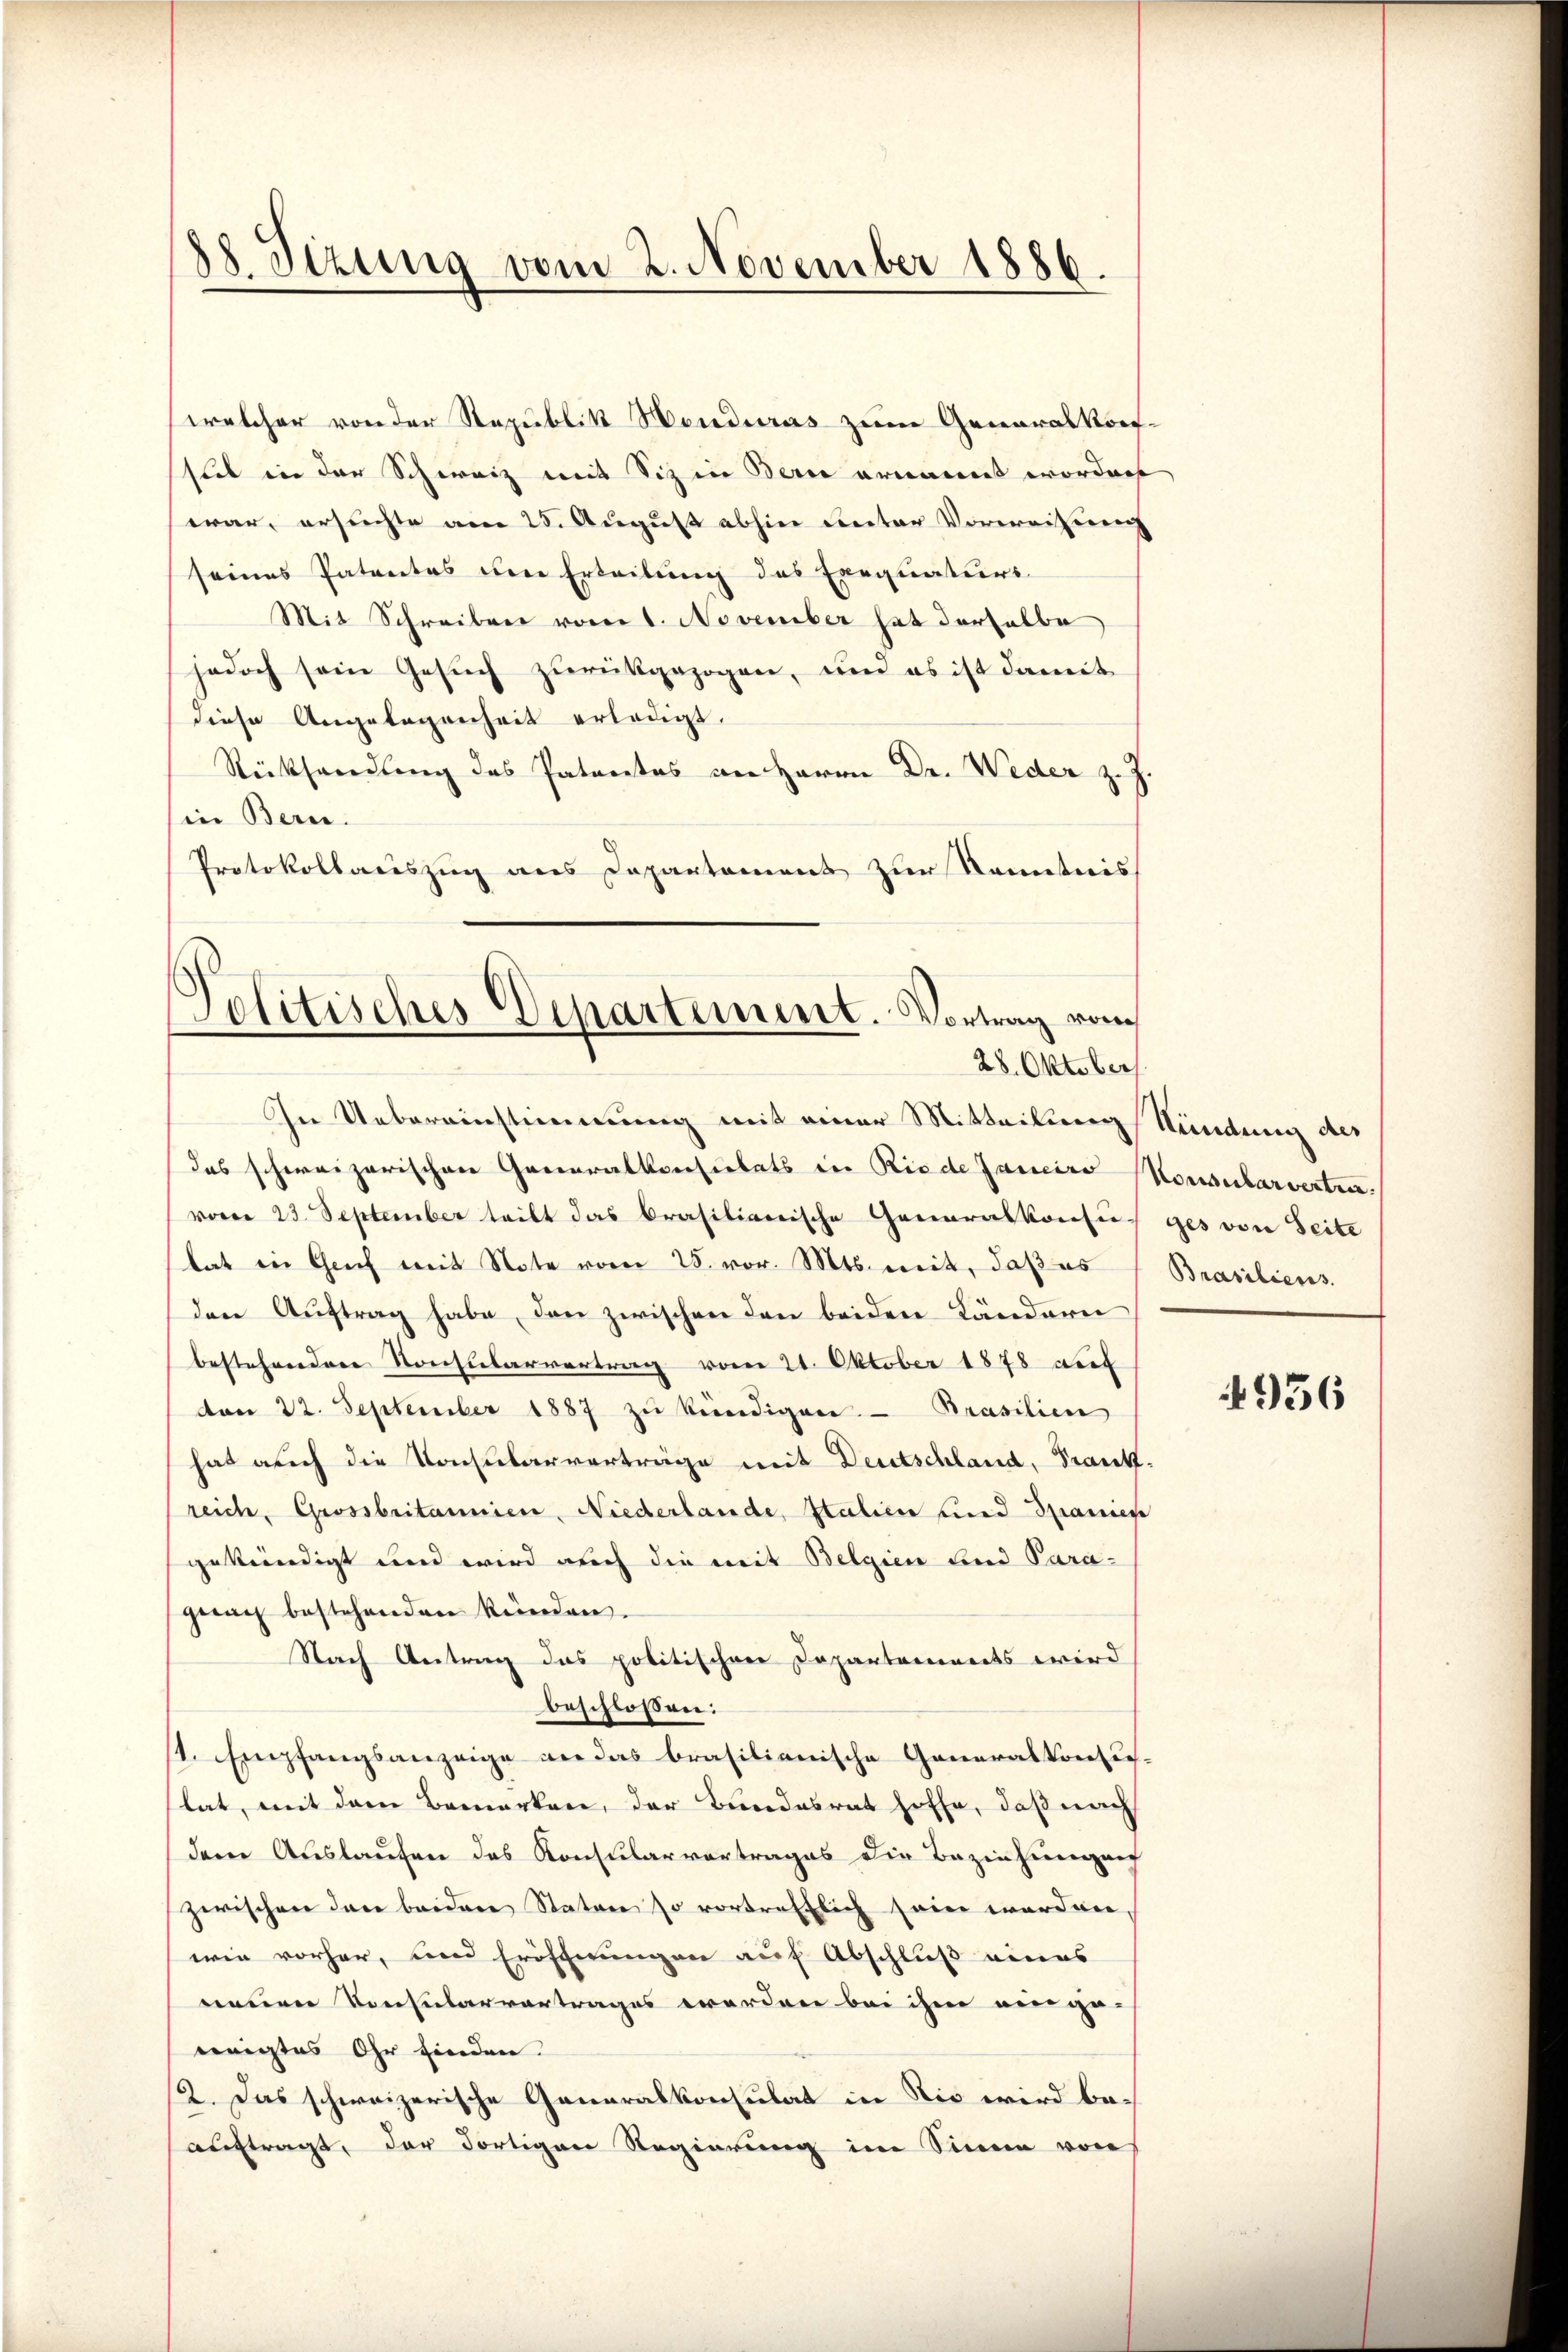
s
88 Sizung vom 2. November 1886.

welcher von der Republik Honduras zum Generalkonstil in der Schweiz mit Sitz in Berne ernannt wordent
war, ersuchte am 25. August abhin unter Vorweisung
seines Patentes die Erteilung des Exequaturs
Mit Schreiben vom 1. November hat derselbe
jedoch sein Gesuch zurückgezogen, und es ist damit
diese Angelegenheit erledigt.
Rücksendung des Patentes an Herrn Dr. Weder z. Z.
in Bern.
Protokollauszug aus Departament zur Kenntnis

Politisches Departement. Vortrag vom
28. Oktober

In Uebereinstimmung mit einer Mitteilung Stündung des
das schweizerischen Generalkonsulats in Riede Janeiro Konsularverten.
vom 23. September teilt das brasilianische Generalkonsus ges von Seite
tat in Genf mit Note vom 25. vor. Mts. mit, daß es
den Auftrag habe, den zwischen den beiden Ländern
bestehenden Konsularvertrag vom 21. Oktober 1878 auf
von 22. September 1887 zu kündigen. Prasilien
hat auch die Konsularverträge mit Deutschland, Frank-
reich, Grossbritannien, Niederlande, Italien und Spanien
gekündigt und wird auch die mit Belgien und Para-
gnau bestehenden künden.
Nach Antrag das politischen Departariinets wird
beschlossen:
/1. Empfangsanzeige an das brasilianische Generalkonsulat, mit dem Bemerken, der Bundesrat hoffe, daß nach
dem Auslaufen des Konsularvortrages die Beziehungen
zwischen den beidere Stature so vortrefflich sein worden,
wie vorher, und Eröffnungen auf Abschluß eines
nennen Konsularvertrages werden bei ihm eingeneigtes Ohr finden.
2. Das schweizerische Generalkonsulat in Rio wird beauftragt, der dortigen Regierung im Sinne von

Brasiliens.

956